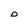
Character: O